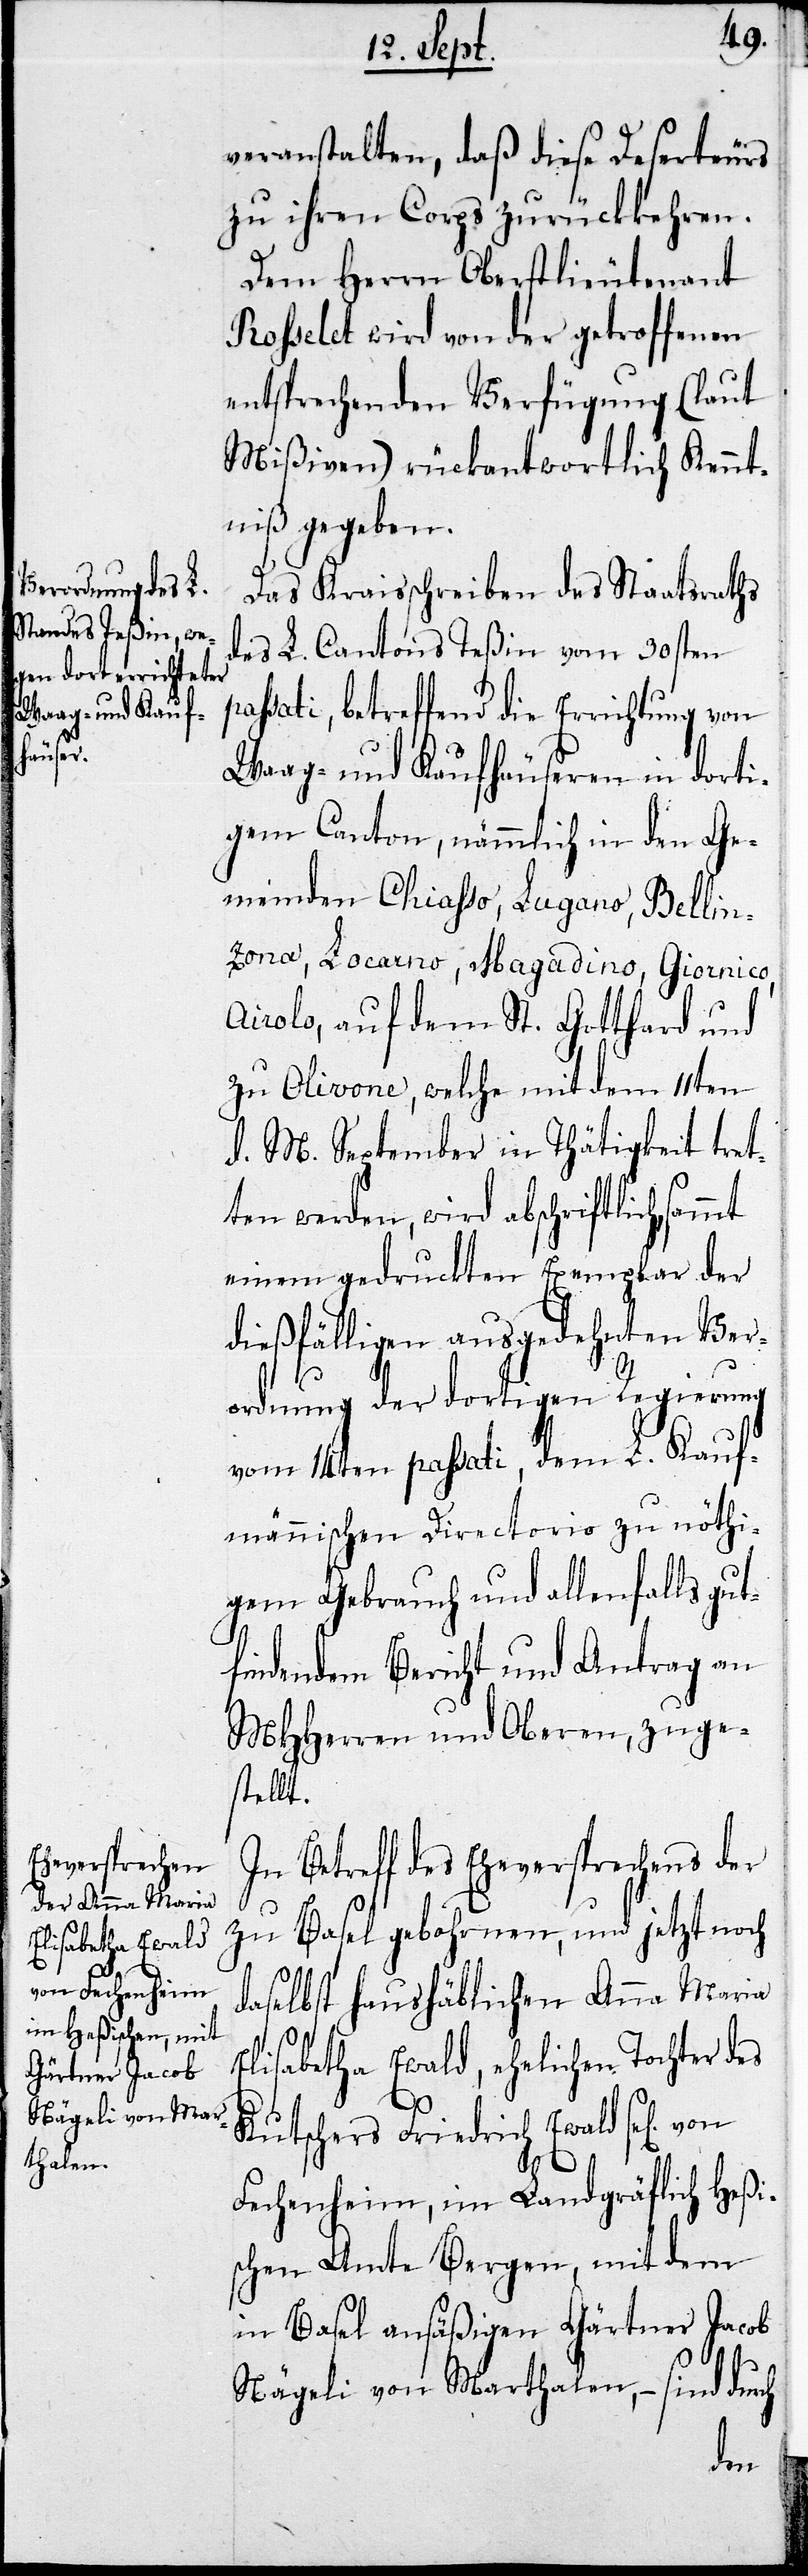
veranstalten, daß diese Deserteurs
zu ihren Corps zurückkehren.
Dem Herrn Oberstlieutenant
Rosselet wird von der getroffenen
entsprechenden Verfügung (laut
Mißiven) rückantwortlich Kennt¬
niß gegeben.
Das Kraisschreiben des Staatsraths
des L. Cantons Teßin vom 30sten
paßati, betreffend die Errichtung von
Waag- und Kaufhäuseren in dorti¬
gem Canton, nämmlich in den Ge¬
meinden Chiasso, Lugano, Bellin¬
zona, Locarno, Magadino, Giornico,
Airolo, auf dem St. Gotthard und
zu Olivone, welche mit dem 11ten
d. M. September in Thätigkeit tret¬
ten werden, wird abschriftlich,
einem gedruckten Exemplar der
dießfälligen ausgedehnten Ver¬
ordnung der dortigen Regierung
vom 14ten paßati, dem L. Kauf¬
männischen Directorio zu nöthi¬
gem Gebrauch und allenfalls gut¬
findendem Bericht und Antrag an
MHHerren und Oberen, zuge¬
stellt.
In Betreff des Eheversprechens der
zu Basel gebohrnen, und jetzt noch
daselbst haushäblichen Anna Maria
Elisabetha Ewald, eheliche Tochter des
Kutschers Friedrich Ewald, sel, von
Fechenheim, im Landgräflich Heßi¬
schen Amte Bergen, mit dem
in Basel ansäßigen Gärtner Jacob
Nägeli von Marthalen, – sind durch